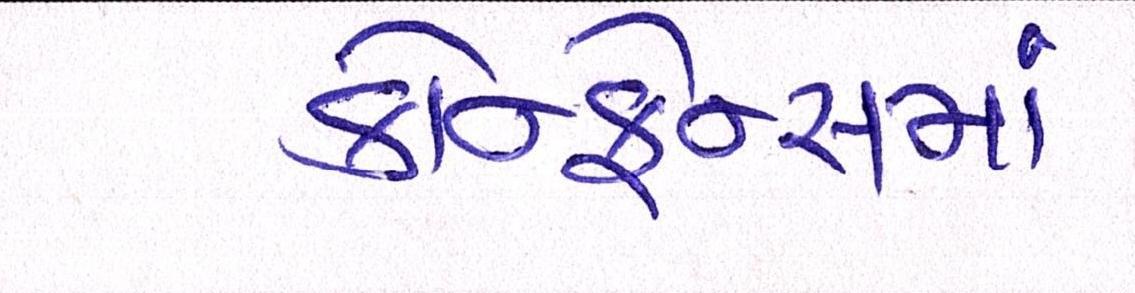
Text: કોન્ફ્રેન્સમાં